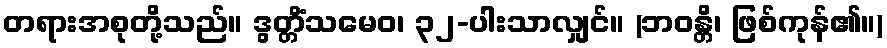
တရားအစုတို့သည်။ ဒွတ္တိံသမေဝ၊ ၃၂-ပါးသာလျှင်။ (ဘဝန္တိ၊ ဖြစ်ကုန်၏။)